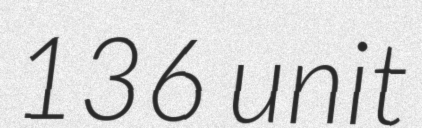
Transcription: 136 unit